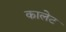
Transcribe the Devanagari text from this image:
कालेट